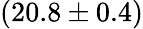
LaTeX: (20.8\pm 0.4)